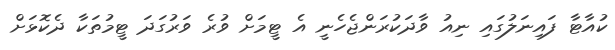
ކުއާޓާ ފައިނަލުގައި ނިއު ވާދަކުރަންޖެހެނީ އެ ޓީމަށް ވުރެ ވަރުގަދަ ޓީމުތަކާ ދެކޮޅަށް